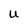
Character: U